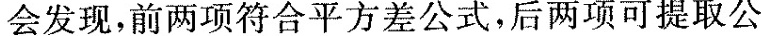
会发现，前两项符合平方差公式，后两项可提取公